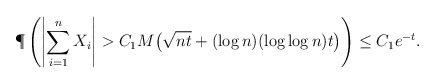
\begin{align*} \P\left( \left| \sum_{i=1}^n X_i \right| > C_1 M \big( \sqrt{n t} + (\log n)(\log \log n) t \big) \right) &\leq C_1 e^{-t}. \end{align*}